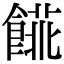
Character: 𩝨